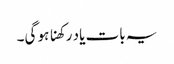
یہ بات یاد رکھنا ہو گی۔